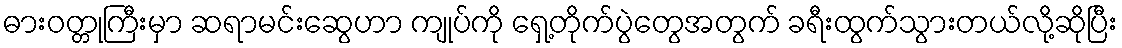
ဓားဝတ္တုကြီးမှာ ဆရာမင်းဆွေဟာ ကျုပ်ကို ရှေ့တိုက်ပွဲတွေအတွက် ခရီးထွက်သွားတယ်လို့ဆိုပြီး